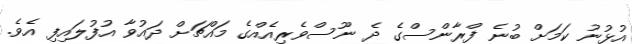
އުޅުނު ކަމަށް ބުނެ ފްރާންސްގެ ދެ ނޫސްވެރިއެއްގެ މައްޗަށް ދައުވާ އުފުލައިފި އެވެ.